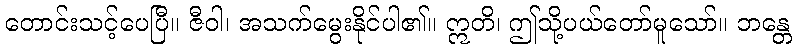
တောင်းသင့်ပေပြီ။ ဇီဝါ၊ အသက်မွေးနိုင်ပါ၏။ ဣတိ၊ ဤသို့ပယ်တော်မူသော်။ ဘန္တေ